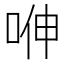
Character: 𭈁